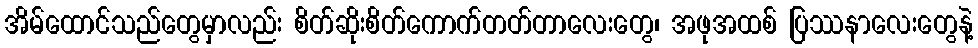
အိမ်ထောင်သည်တွေမှာလည်း စိတ်ဆိုးစိတ်ကောက်တတ်တာလေးတွေ၊ အဖုအထစ် ပြဿနာလေးတွေနဲ့